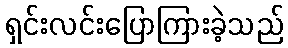
ရှင်းလင်းပြောကြားခဲ့သည်